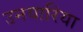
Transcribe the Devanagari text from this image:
उनयारिया